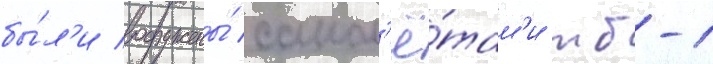
бы́л'и вооружены́ самол'ё́там'и тб-1